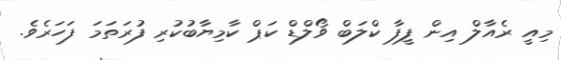
މިއީ ރެއާލް އިން ފީފާ ކްލަބް ވޯލްޑް ކަޕް ކާމިޔާބުކުރި ފުރަތަމަ ފަހަރެވެ.